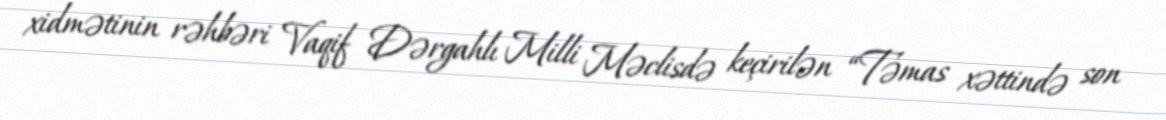
xidmətinin rəhbəri Vaqif Dərgahlı Milli Məclisdə keçirilən “Təmas xəttində son